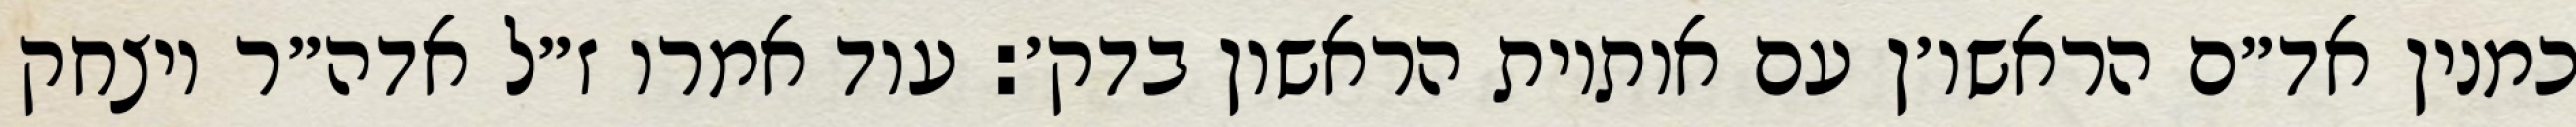
כמנין אד״ם הראשו׳ן עם אותיות הראשון בדק׳: עוד אמרו ז״ל אדה״ר ויצחק